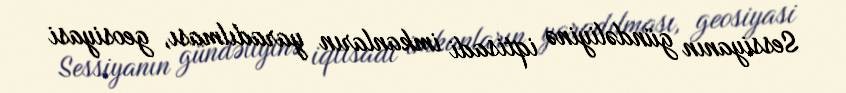
Sessiyanın gündəliyinə iqtisadi imkanların yaradılması, geosiyasi